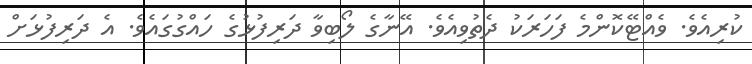
ކުރިއެވެ. ވެއްޓޭކޮންމެ ފަހަރަކު ދެތުވިއެވެ. އޭނާގެ ލޯބިވާ ދަރިފުޅުގެ ހައްގުގައެވެ. އެ ދަރިފުޅަށް